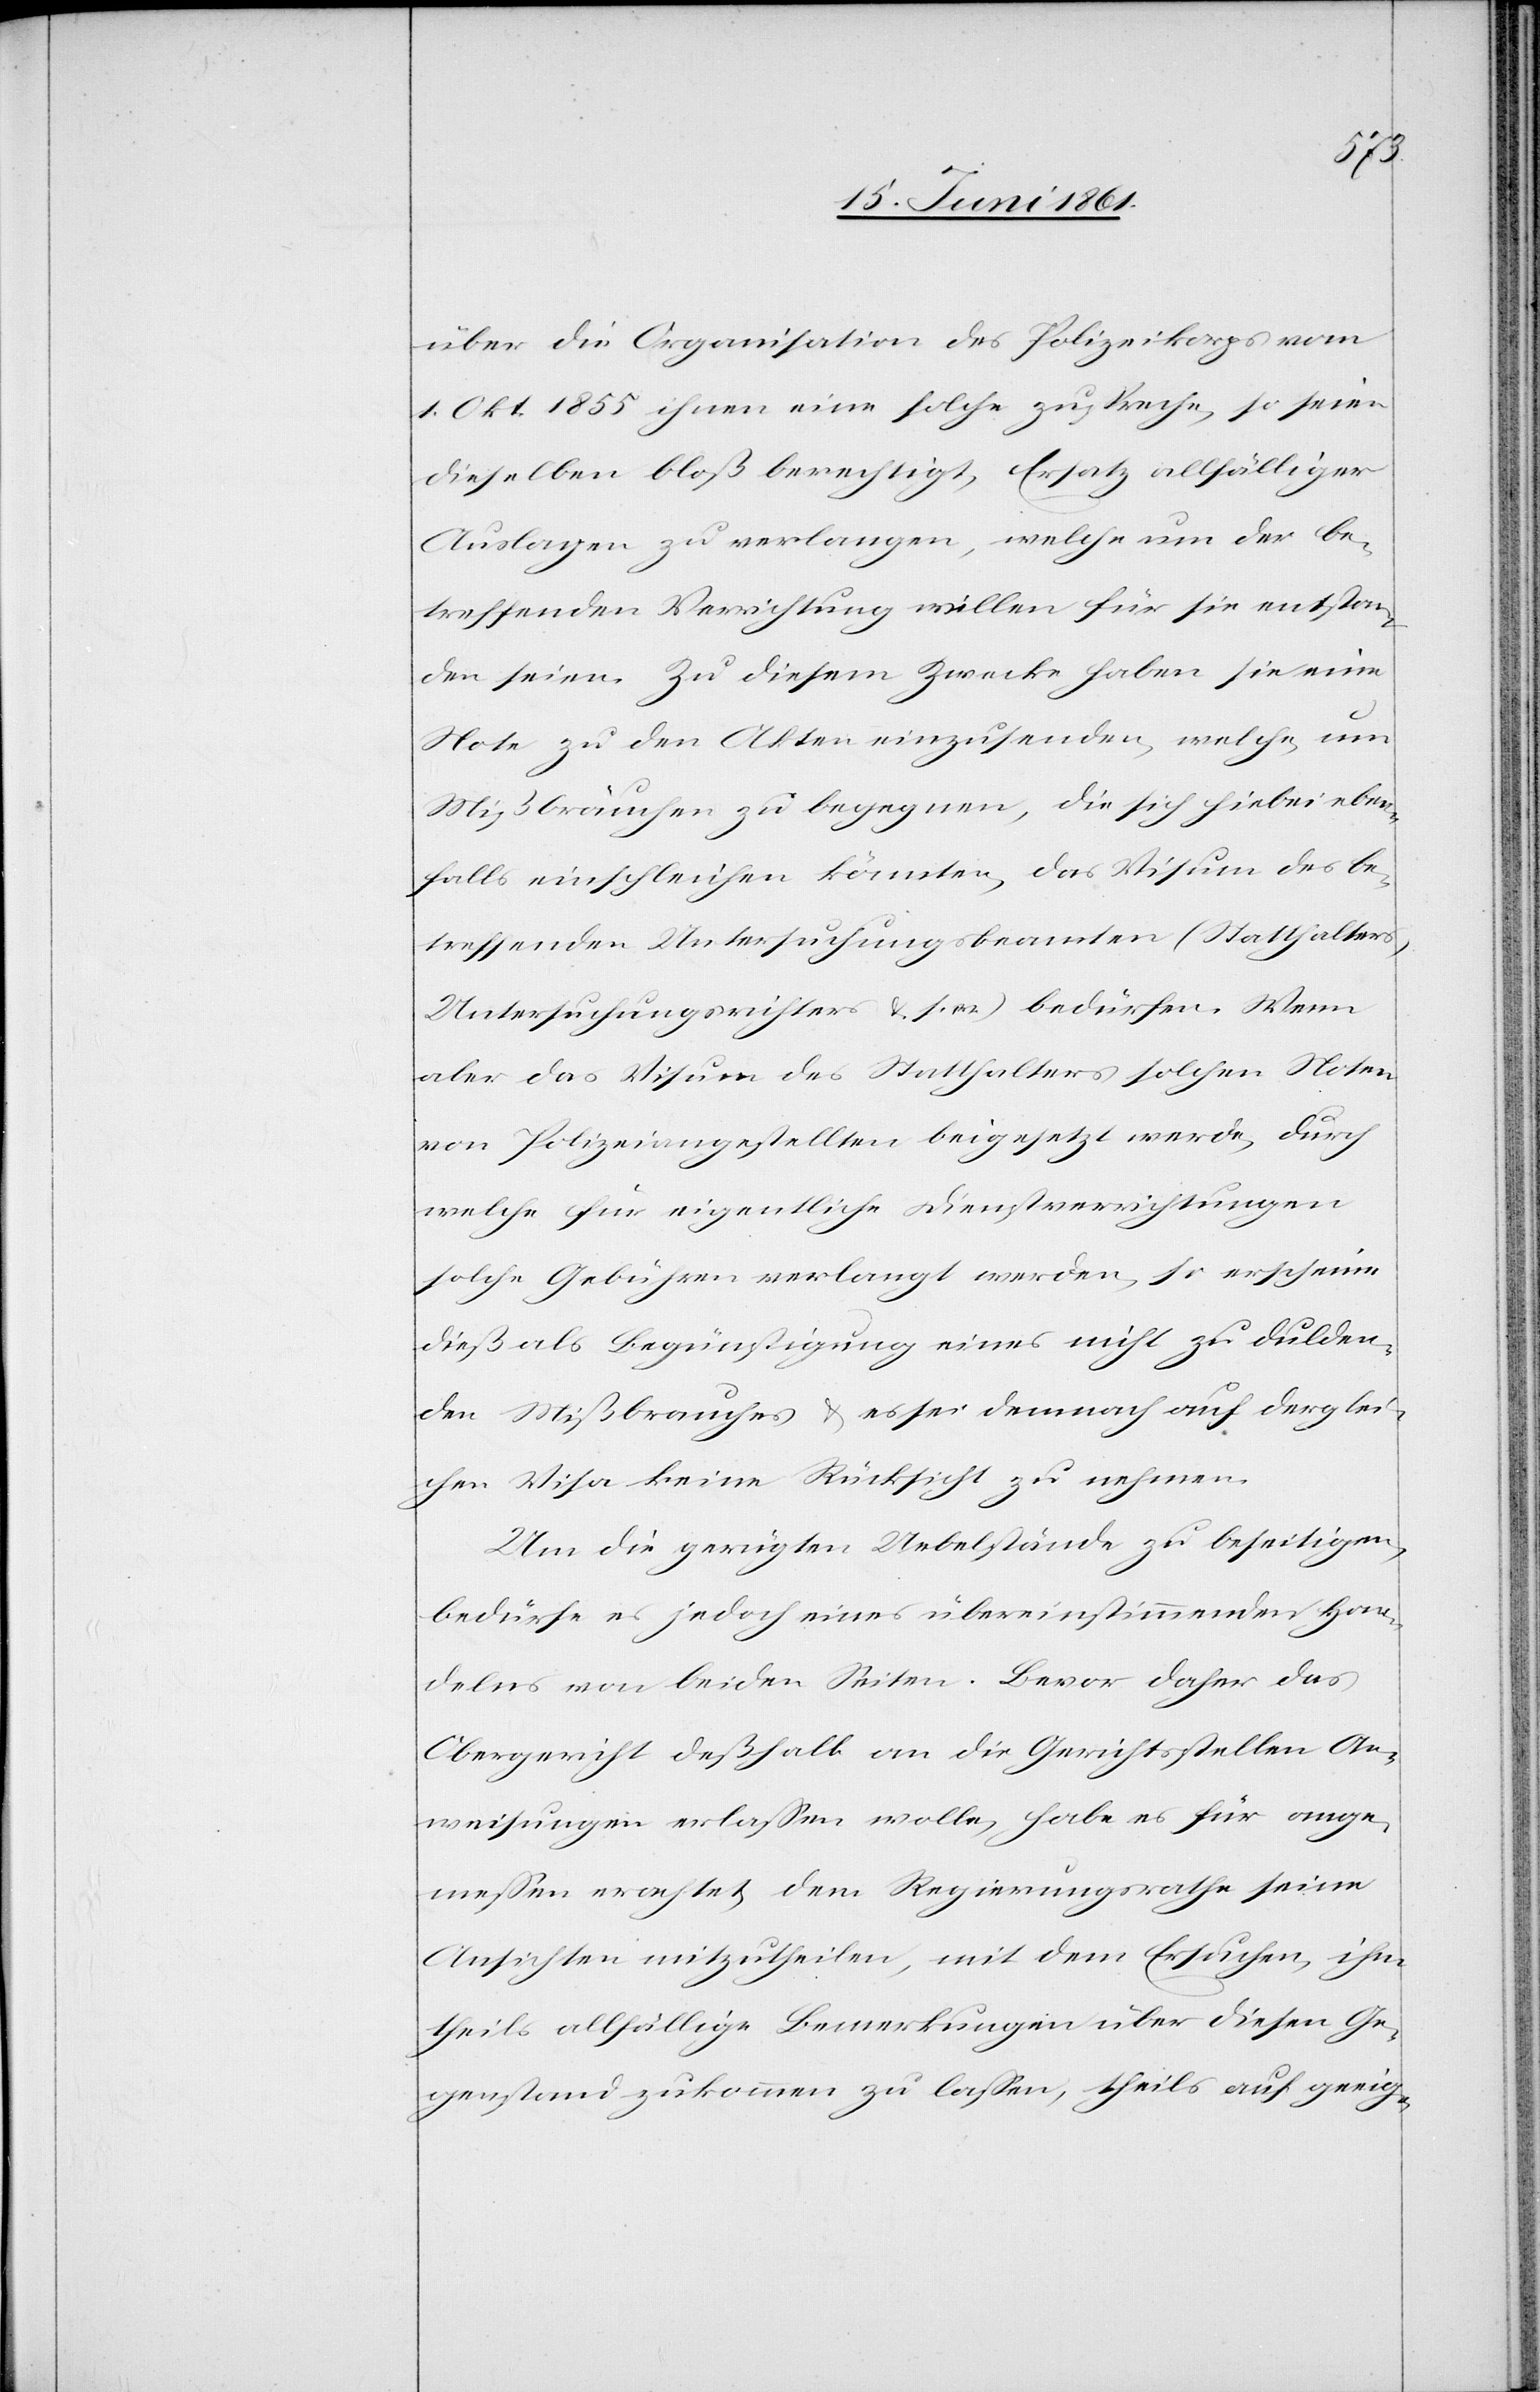
über die Organisation des Polizeikorps vom
1. Okt. 1855 ihnen eine solche zuspreche, so seien
dieselben bloß berechtigt, Ersatz allfälliger
Auslagen zu verlangen, welche um der be¬
treffenden Verrichtung willen für sie entstan¬
den seien. Zu diesem Zwecke haben sie eine
Note zu den Akten einzusenden, welche, um
Mißbräuchen zu begegnen, die sich hiebei eben¬
falls einschleichen könnten, das Visum des be¬
treffenden Untersuchungsbeamten (Statthalters,
Untersuchungsrichters u. s. w.) bedürfen. Wenn
aber das Visum des Statthalters solchen Noten
von Polizeiangestellten beigesetzt werde, durch
welche für eigentliche Dienstverrichtungen
solche Gebühren verlangt werden, so erscheine
dieß als Begünstigung eines nicht zu dulden¬
den Mißbrauches u. es sei demnach auf derglei¬
chen Visa keine Rücksicht zu nehmen.
Um die gerügten Uebelstände zu beseitigen,
bedürfe es jedoch eines übereinstimmenden Han¬
delns von beiden Seiten. Bevor daher das
Obergericht deßhalb an die Gerichtsstellen An¬
weisungen erlassen wolle, habe es für ange¬
messen erachtet, dem Regierungsrathe seine
Ansichten mitzutheilen, mit dem Ersuchen, ihm
theils allfällige Bemerkungen über diesen Ge¬
genstand zukommen zu lassen, theils auf geeig-